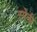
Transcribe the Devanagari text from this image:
स्‍पेनी